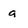
Character: g